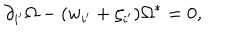
\partial _ { i ^ { \prime } } \Omega - ( w _ { i ^ { \prime } } + \zeta _ { i ^ { \prime } } ) \Omega ^ { \ast } = 0 ,